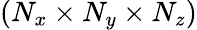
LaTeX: \left(N_{x}\times N_{y}\times N_{z}\right)